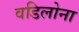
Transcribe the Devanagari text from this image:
वडिलोना